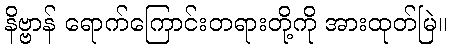
နိဗ္ဗာန် ရောက်ကြောင်းတရားတို့ကို အားထုတ်မြဲ။